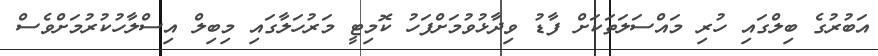
އަބުރުގެ ބިލްގައި ހުރި މައްސަލަތަކަށް ފާޑު ވިދާޅުވުމަށްފަހު ކޮމިޓީ މަރުހަލާގައި މިބިލް އިސްލާހުކުރުމަށްވެސް